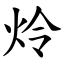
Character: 炩